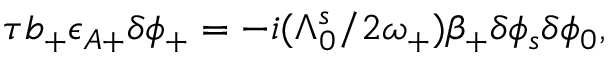
\begin{array} { r } { \tau b _ { + } \epsilon _ { A + } \delta \phi _ { + } = - i ( \Lambda _ { 0 } ^ { s } / 2 \omega _ { + } ) \beta _ { + } \delta \phi _ { s } \delta \phi _ { 0 } , } \end{array}